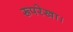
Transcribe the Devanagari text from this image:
रूपरेखा।